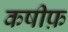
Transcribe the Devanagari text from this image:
कषीफ़